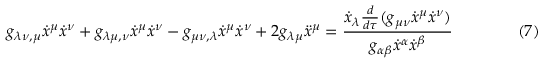
g _ { \lambda \nu , \mu } { \dot { x } } ^ { \mu } { \dot { x } } ^ { \nu } + g _ { \lambda \mu , \nu } { \dot { x } } ^ { \mu } { \dot { x } } ^ { \nu } - g _ { \mu \nu , \lambda } { \dot { x } } ^ { \mu } { \dot { x } } ^ { \nu } + 2 g _ { \lambda \mu } { \ddot { x } } ^ { \mu } = { \frac { { \dot { x } } _ { \lambda } { \frac { d } { d \tau } } ( g _ { \mu \nu } { \dot { x } } ^ { \mu } { \dot { x } } ^ { \nu } ) } { g _ { \alpha \beta } { \dot { x } } ^ { \alpha } { \dot { x } } ^ { \beta } } } \qquad \qquad ( 7 )